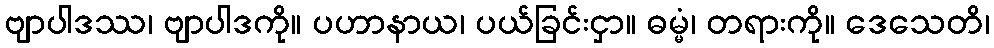
ဗျာပါဒဿ၊ ဗျာပါဒကို။ ပဟာနာယ၊ ပယ်ခြင်းငှာ။ ဓမ္မံ၊ တရားကို။ ဒေသေတိ၊